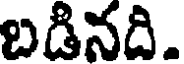
బడినది.